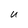
Character: U